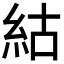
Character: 𥿍